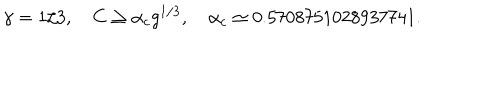
LaTeX: \gamma = 1 / 3 , \quad C \geq \alpha _ { c } g ^ { 1 / 3 } , \quad \alpha _ { c } \simeq 0 . 5 7 0 8 7 5 1 0 2 8 9 3 7 7 4 1 .